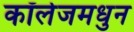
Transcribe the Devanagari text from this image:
कॉलेजमधुन